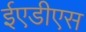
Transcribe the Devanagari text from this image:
ईएडीएस